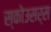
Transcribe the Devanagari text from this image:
स्कोउसर्स